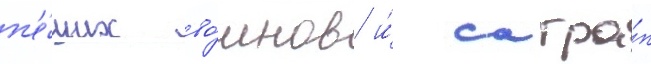
п'е́ших во́инов и́ сатра́п